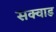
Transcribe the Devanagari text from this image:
सक्वाड